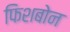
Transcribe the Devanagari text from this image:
फिशबोन